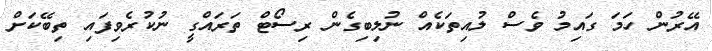
އޭރުން ހަމަ ގައިމު ވެސް ލުއިތަކެއް ނުލިބިގެން ރިސޯޓް ތަރައްގީ ނުކުރެވިފައި ތިބޭކަށް